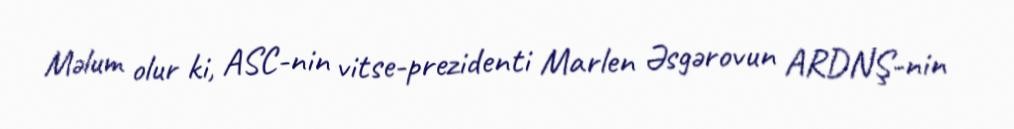
Məlum olur ki, ASC-nin vitse-prezidenti Marlen Əsgərovun ARDNŞ-nin